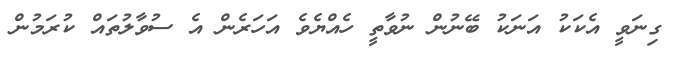
ގިނަވީ އެކަކު އަނަކު ބޭނުން ނުވާތީ ހެއްޔެވެ އަހަރެން އެ ސުވާލުތައް ކުރަމުން